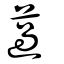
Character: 薖